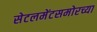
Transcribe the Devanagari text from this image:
सेटलमेंटसमोरच्या